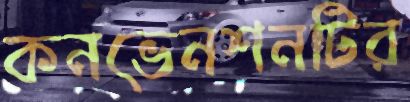
কনভেনশনটির